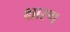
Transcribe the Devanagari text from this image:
क्षारण